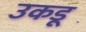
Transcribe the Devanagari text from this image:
उकडू